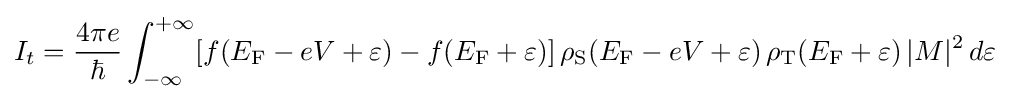
I_{t}={\frac {4\pi e}{\hbar }}\int _{-\infty }^{+\infty }[f(E_{\text{F}}-eV+\varepsilon )-f(E_{\text{F}}+\varepsilon )]\,\rho _{\text{S}}(E_{\text{F}}-eV+\varepsilon )\,\rho _{\text{T}}(E_{\text{F}}+\varepsilon )\,|M|^{2}\,d\varepsilon